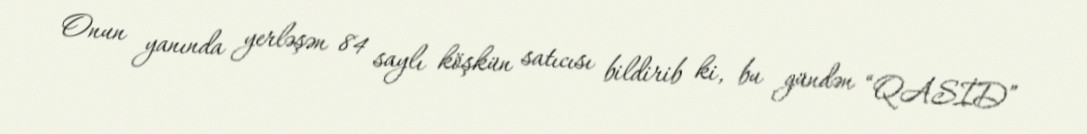
Onun yanında yerləşən 84 saylı köşkün satıcısı bildirib ki, bu gündən “QASİD”